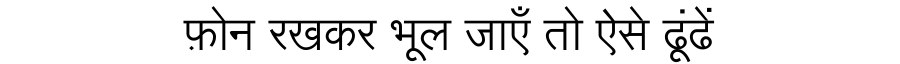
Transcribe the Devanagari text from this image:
फ़ोन रखकर भूल जाएँ तो ऐसे ढूंढें